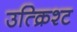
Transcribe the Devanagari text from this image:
उत्क्रिश्ट